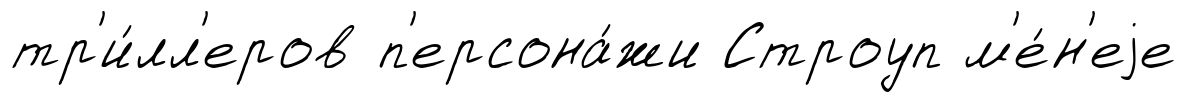
тр'и́лл'еров п'ерсона́жи Строуп м'е́н'еjе